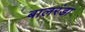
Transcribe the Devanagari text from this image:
बालरंडा